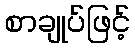
စာချုပ်ဖြင့်